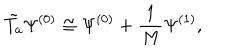
\tilde { T _ { a } } \Psi ^ { ( 0 ) } \cong \Psi ^ { ( 0 ) } + \frac { 1 } { M } \Psi ^ { ( 1 ) } ,